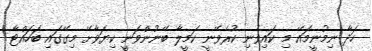
ހަދާ ނިމުނީމައޭ މި ކައިވެނި ކުރެވޭނީ ކަމީލާ ބޭނުންވަނީ ކިޔަވާށޭ މިގޭގައި ބަހައްޓާ